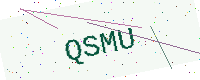
Text: QSMU